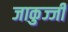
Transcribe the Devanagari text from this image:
जाकुज्जी